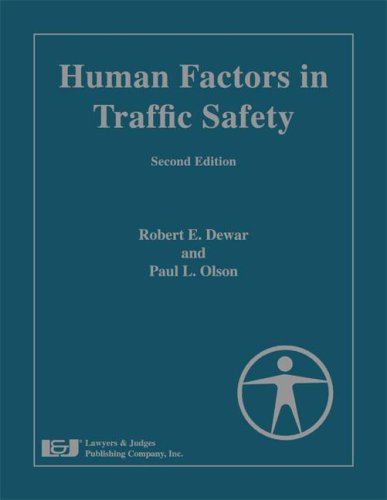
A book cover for Human Factors in Traffic Safety, Second Edition; Robert E. Dewar; Law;